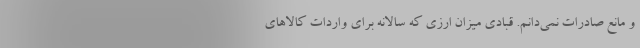
و مانع صادرات نمی‌دانم. قبادی میزان ارزی که سالانه برای واردات کالاهای